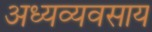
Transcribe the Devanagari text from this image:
अध्यव्यवसाय